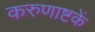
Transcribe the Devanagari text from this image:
करुणाष्टकें